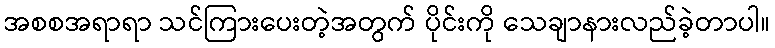
အစစအရာရာ သင်ကြားပေးတဲ့အတွက် ပိုင်းကို သေချာနားလည်ခဲ့တာပါ။